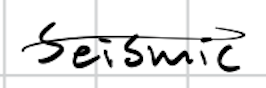
Text: Seismic
Cross-out: single-line
Writing tool: digital_black